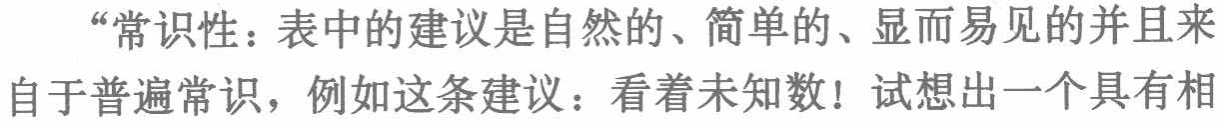
“常识性：表中的建议是自然的、简单的、显而易见的并且来自于普遍常识，例如这条建议：看着未知数！试想出一个具有相